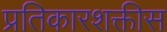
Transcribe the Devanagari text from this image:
प्रतिकारशक्तीस